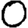
Digit: 0